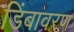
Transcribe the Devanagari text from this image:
डिंबावरण